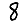
Digit: 8